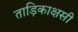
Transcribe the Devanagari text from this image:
ताड़िकाक्षसी